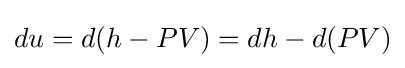
du=d(h-PV)=dh-d(PV)